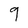
Character: 9